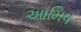
આમિષ